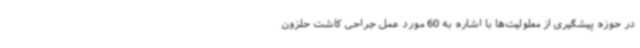
در حوزه پیشگیری از معلولیت‌ها با اشاره به 60 مورد عمل جراحی کاشت حلزون